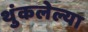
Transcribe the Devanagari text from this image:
थुंकलेल्या